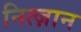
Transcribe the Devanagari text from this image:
नित्ज़ान